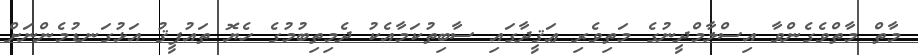
މާތް މާތްވެގެންވާ އިސްލާމްދީނުގެ މަތިވެރި ޢަޤީދާގައި ސާބިތުކަމާއެކު ދެމިތިބުމުގެ ހެޔޮ ތައުފީޤު އަޅުގަނޑުމެންނަށް